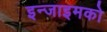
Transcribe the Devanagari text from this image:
इन्जाइमको